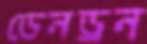
ডেনড্রন